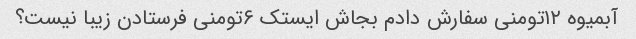
آبمیوه ۱۲تومنی سفارش دادم بجاش ایستک ۶تومنی فرستادن زیبا نیست؟